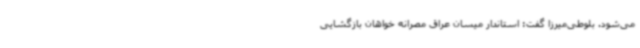
می‌شود. بلوطی‌میرزا گفت: استاندار میسان عراق مصرانه خواهان بازگشایی